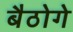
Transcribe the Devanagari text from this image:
बैठोगे